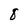
Character: 8